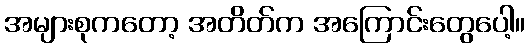
အများစုကတော့ အတိတ်က အကြောင်းတွေပေါ့။